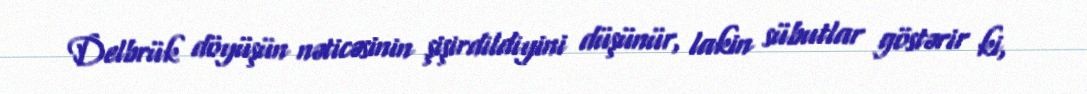
Delbrük döyüşün nəticəsinin şişirdildiyini düşünür, lakin sübutlar göstərir ki,